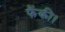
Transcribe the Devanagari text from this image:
फैंकी।